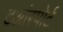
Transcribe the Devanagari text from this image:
टआंस्पोर्ट